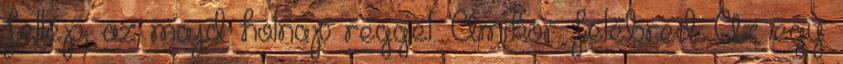
fellép, az majd holnap reggel. Amikor felébred. Az egy